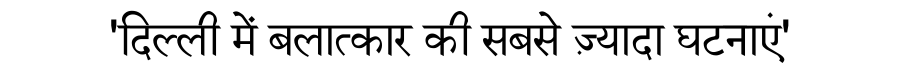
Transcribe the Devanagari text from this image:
'दिल्ली में बलात्कार की सबसे ज़्यादा घटनाएं'